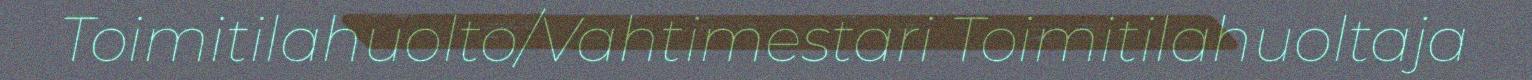
Toimitilahuolto/Vahtimestari Toimitilahuoltaja